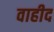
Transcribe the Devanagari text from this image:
वाहीद